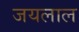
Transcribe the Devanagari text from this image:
जयलाल